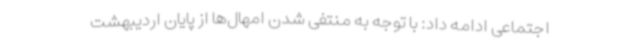
اجتماعی ادامه داد: با توجه به منتفی شدن امهال‌ها از پایان اردیبهشت